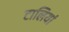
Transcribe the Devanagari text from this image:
टालियां